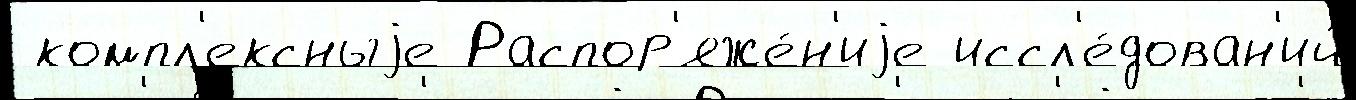
 компл'ексныjе Распор'яже́н'иjе иссл'е́дован'ий